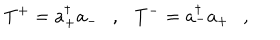
T ^ { + } = a _ { + } ^ { \dagger } a _ { - } \ \ \ , \ \ \ T ^ { - } = a _ { - } ^ { \dagger } a _ { + } \ \ \ ,